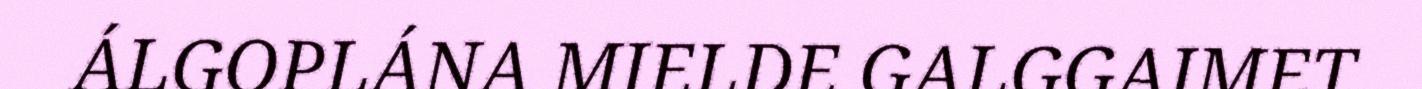
ÁLGOPLÁNA MIELDE GALGGAIMET